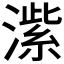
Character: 𬈶